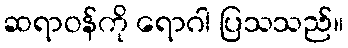
ဆရာဝန်ကို ရောဂါ ပြသသည်။